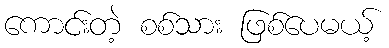
ကောင်းတဲ့ စစ်သား ဖြစ်ပေမယ့်